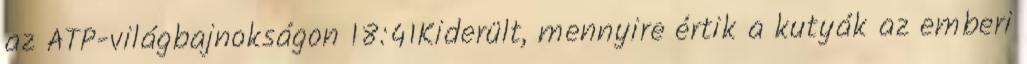
az ATP-világbajnokságon 18:41Kiderült, mennyire értik a kutyák az emberi